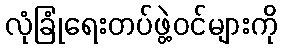
လုံခြုံရေးတပ်ဖွဲ့ဝင်များကို